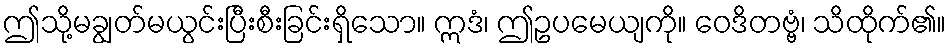
ဤသို့မချွတ်မယွင်းပြီးစီးခြင်းရှိသော။ ဣဒံ၊ ဤဥပမေယျကို။ ဝေဒိတဗ္ဗံ၊ သိထိုက်၏။